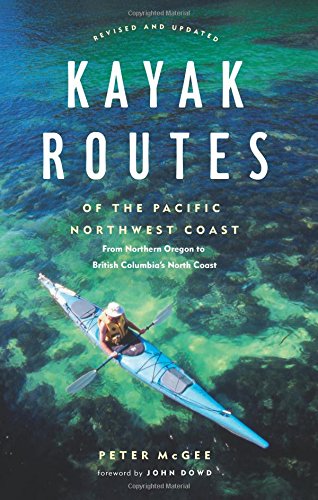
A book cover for Kayak Routes of the Pacific Northwest Coast: From Northern Oregon to British Columbia's North Coast; Sports & Outdoors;